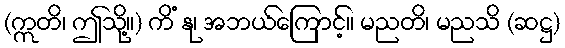
(ဣတိ၊ ဤသို့။) ကိံ နု၊ အဘယ်ကြောင့်။ မညတိ၊ မညသိ (ဆဋ္ဌ)